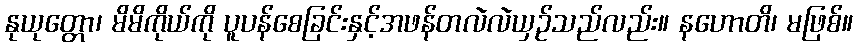
နုယုတ္တော၊ မိမိကိုယ်ကို ပူပန်စေခြင်းနှင့်အဖန်တလဲလဲယှဉ်သည်လည်း။ နဟောတိ၊ မဖြစ်။